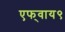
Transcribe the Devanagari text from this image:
एफ्‌वाय९